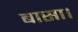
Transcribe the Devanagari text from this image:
बासा।